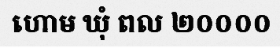
ហោម ឃុំ ពល ២០០០០